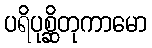
ပရိပုစ္ဆိတုကာမော